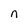
Character: n